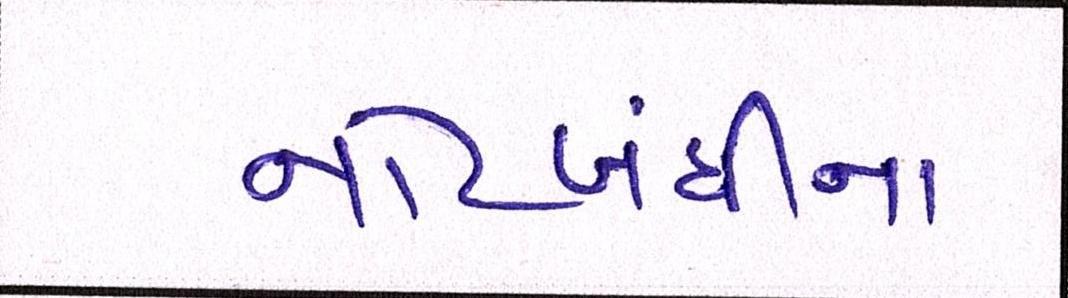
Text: નોટબંધીના